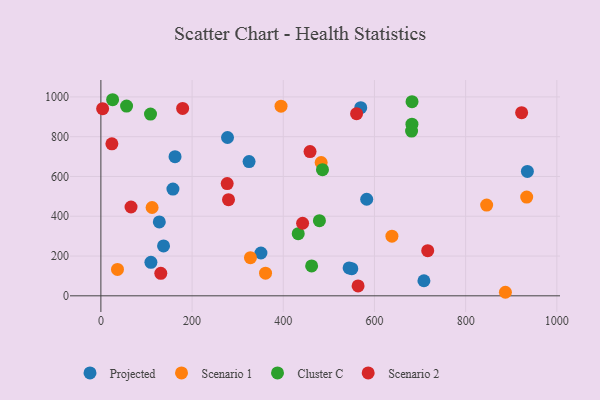
{"axis": {"x": "Price", "y": "Demand"}, "legend": ["Cluster C", "Projected", "Scenario 1", "Scenario 2"], "data": [{"x": "137.4", "y": 250.8, "type": "Projected"}, {"x": "708.5", "y": 75.7, "type": "Projected"}, {"x": "128.1", "y": 371.4, "type": "Projected"}, {"x": "935.4", "y": 625.4, "type": "Projected"}, {"x": "109.7", "y": 168.4, "type": "Projected"}, {"x": "277.7", "y": 796.1, "type": "Projected"}, {"x": "569.9", "y": 946.1, "type": "Projected"}, {"x": "162.6", "y": 699.4, "type": "Projected"}, {"x": "583.0", "y": 485.5, "type": "Projected"}, {"x": "550.3", "y": 136.4, "type": "Projected"}, {"x": "351.0", "y": 215.2, "type": "Projected"}, {"x": "325.0", "y": 675.1, "type": "Projected"}, {"x": "544.4", "y": 140.4, "type": "Projected"}, {"x": "158.0", "y": 536.9, "type": "Projected"}, {"x": "887.2", "y": 17.8, "type": "Scenario 1"}, {"x": "361.1", "y": 114.0, "type": "Scenario 1"}, {"x": "846.1", "y": 456.4, "type": "Scenario 1"}, {"x": "112.3", "y": 444.0, "type": "Scenario 1"}, {"x": "483.1", "y": 670.4, "type": "Scenario 1"}, {"x": "328.0", "y": 191.6, "type": "Scenario 1"}, {"x": "638.3", "y": 299.7, "type": "Scenario 1"}, {"x": "36.4", "y": 132.5, "type": "Scenario 1"}, {"x": "395.1", "y": 953.6, "type": "Scenario 1"}, {"x": "933.9", "y": 496.6, "type": "Scenario 1"}, {"x": "479.3", "y": 377.9, "type": "Cluster C"}, {"x": "25.7", "y": 985.9, "type": "Cluster C"}, {"x": "486.0", "y": 634.2, "type": "Cluster C"}, {"x": "682.2", "y": 862.9, "type": "Cluster C"}, {"x": "56.3", "y": 954.2, "type": "Cluster C"}, {"x": "462.2", "y": 150.2, "type": "Cluster C"}, {"x": "681.4", "y": 828.5, "type": "Cluster C"}, {"x": "108.8", "y": 914.0, "type": "Cluster C"}, {"x": "432.8", "y": 312.3, "type": "Cluster C"}, {"x": "682.4", "y": 976.3, "type": "Cluster C"}, {"x": "66.1", "y": 446.6, "type": "Scenario 2"}, {"x": "131.4", "y": 113.1, "type": "Scenario 2"}, {"x": "716.8", "y": 227.2, "type": "Scenario 2"}, {"x": "24.1", "y": 764.3, "type": "Scenario 2"}, {"x": "458.7", "y": 725.0, "type": "Scenario 2"}, {"x": "3.8", "y": 940.7, "type": "Scenario 2"}, {"x": "922.8", "y": 920.6, "type": "Scenario 2"}, {"x": "564.1", "y": 49.5, "type": "Scenario 2"}, {"x": "179.3", "y": 942.2, "type": "Scenario 2"}, {"x": "442.4", "y": 364.9, "type": "Scenario 2"}, {"x": "279.9", "y": 483.6, "type": "Scenario 2"}, {"x": "277.0", "y": 564.4, "type": "Scenario 2"}, {"x": "560.8", "y": 916.0, "type": "Scenario 2"}]}